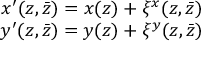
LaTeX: \begin{array} { c } { { x ^ { \prime } ( z , \bar { z } ) = x ( z ) + \xi ^ { x } ( z , \bar { z } ) } } \\ { { y ^ { \prime } ( z , \bar { z } ) = y ( z ) + \xi ^ { y } ( z , \bar { z } ) } } \end{array}